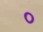
૦